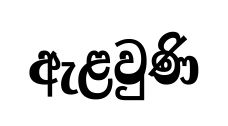
ඇළවුණි